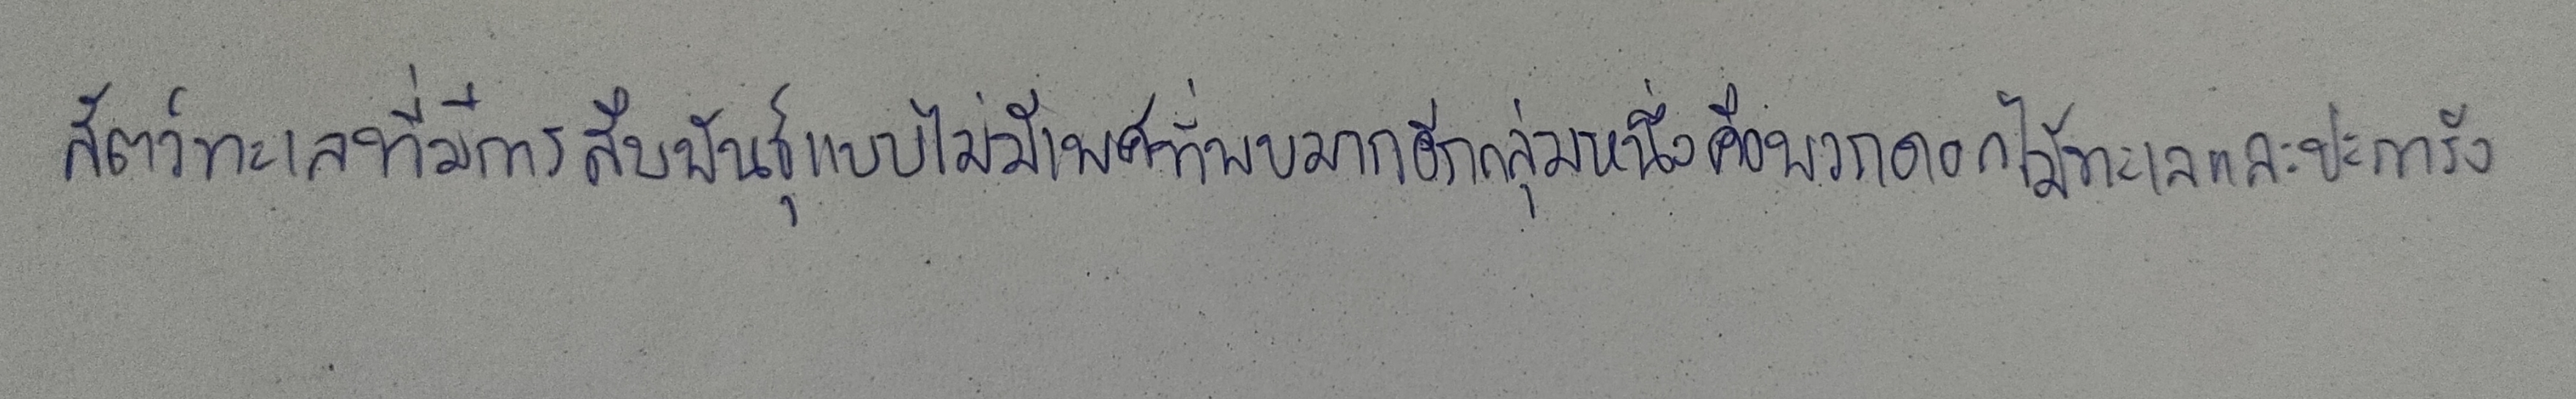
สัตว์ทะเลที่มีการสืบพันธุ์แบบไม่มีเพศที่พบมากอีกกลุ่มหนึ่งคือพวกดอกไม้ทะเลและปะการัง